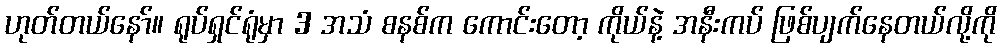
ဟုတ်တယ်နော်။ ရုပ်ရှင်ရုံမှာ 3 အသံ စနစ်က ကောင်းတော့ ကိုယ်နဲ့ အနီးကပ် ဖြစ်ပျက်နေတယ်လို့ကို